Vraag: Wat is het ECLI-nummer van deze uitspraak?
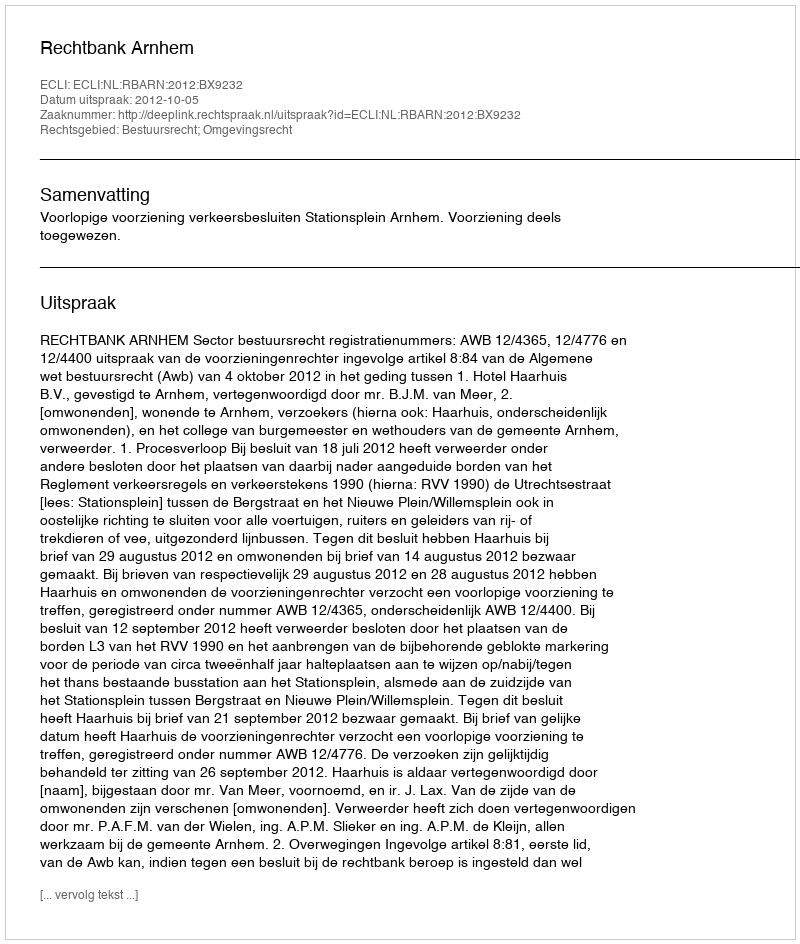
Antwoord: ECLI:NL:RBARN:2012:BX9232